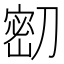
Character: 𭄌